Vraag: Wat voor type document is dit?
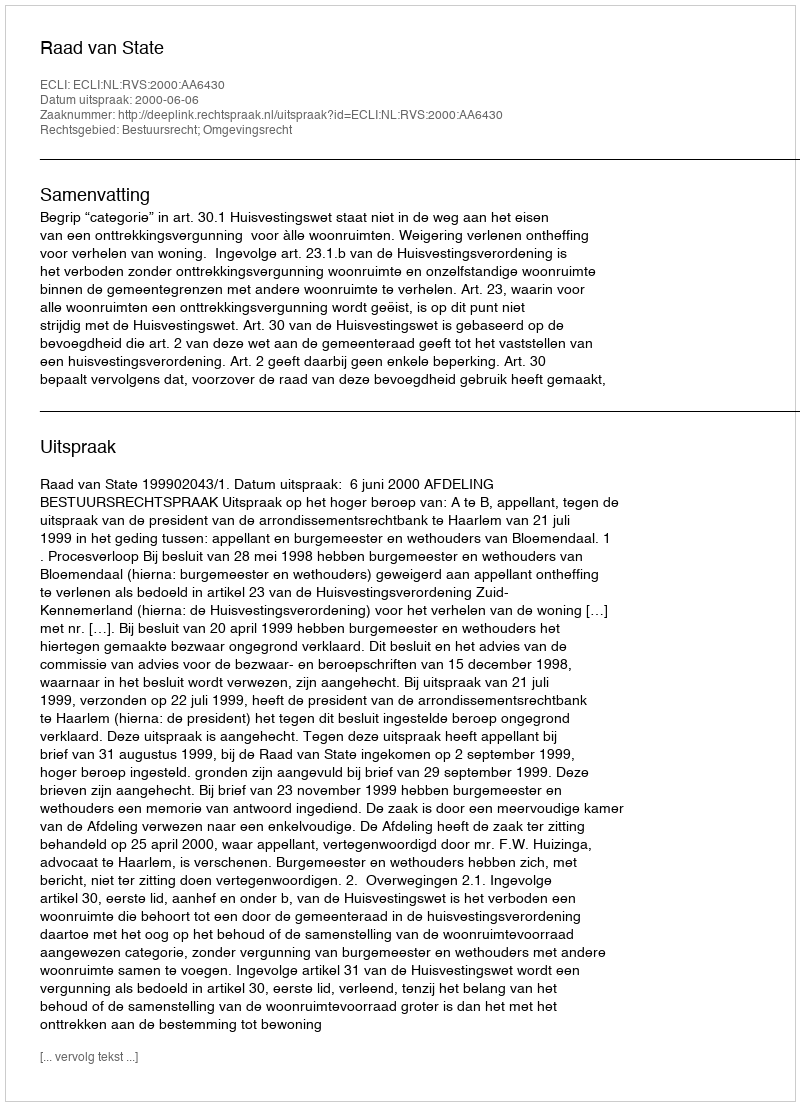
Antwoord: Uitspraak